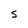
Character: S